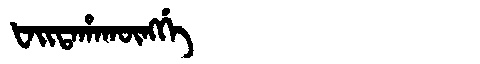
Manchu: ᡶᠠᡳᡨᠠᡥᠠᡴᡡᠩᡤᡝ
Romanization: FAITAHAKŪNGGE